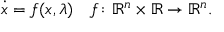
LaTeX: { \dot { x } } = f ( x , \lambda ) \quad f \colon \mathbb { R } ^ { n } \times \mathbb { R } \rightarrow \mathbb { R } ^ { n } .